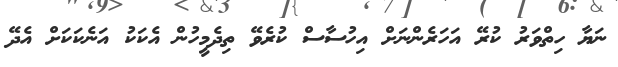
ނަޔާ ހިތްވަރު ކުރޭ އަހަރެންނަށް އިހުސާސް ކުރެވޭ ތިދެމީހުން އެކަކު އަނެކަކަށް އެދޭ